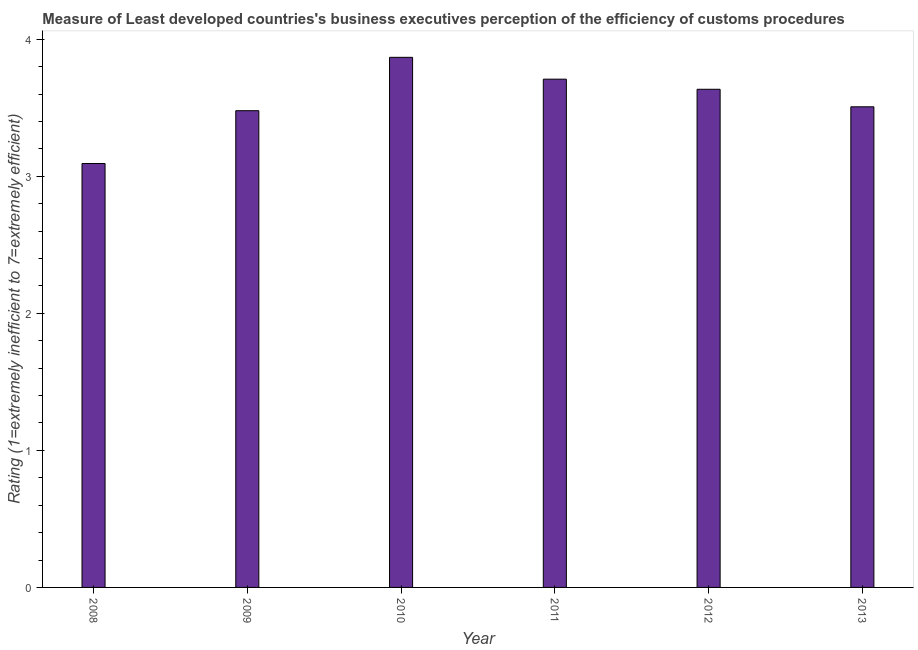
| Year | Burden of customs procedure |
 | --- | --- |
 | 2008 | 3.09 |
 | 2009 | 3.48 |
 | 2010 | 3.87 |
 | 2011 | 3.71 |
 | 2012 | 3.63 |
 | 2013 | 3.51 |